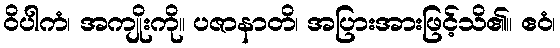
ဝိပါကံ၊ အကျိုးကို။ ပဇာနာတိ၊ အပြားအားဖြင့်သိ၏။ ဧဝံ၊